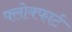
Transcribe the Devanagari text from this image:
फ्लोक्फार्ट